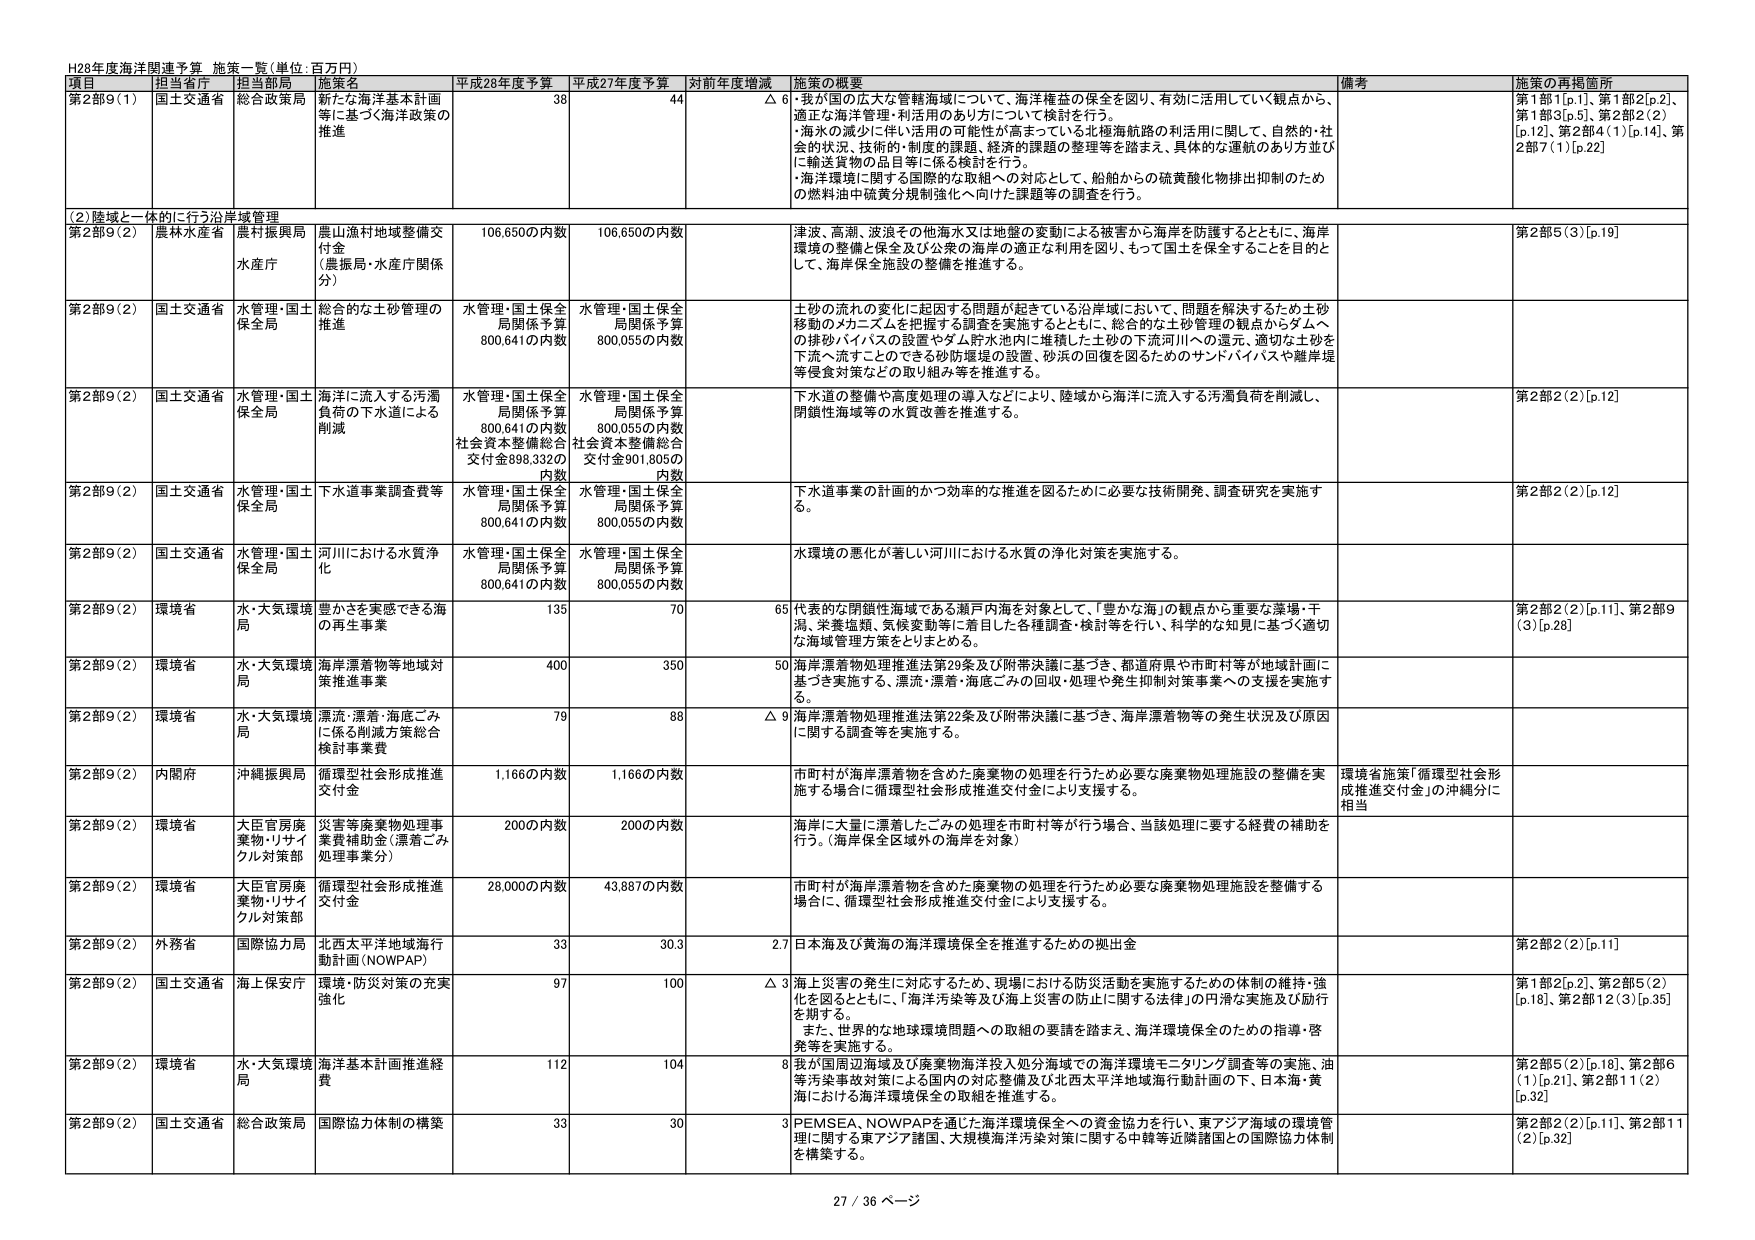
H28年度海洋関連予算 施策一覧（単位：百万円）

項目 担当省庁 担当局 施策名 平成28年度予算 平成27年度予算 対前年度増減 施策の概要 備考 施策の再掲箇所

第2部9（1） 国土交通省 総合政策局 新たな海洋基本計画等に基づく海洋政策の推進 38 44 △6 ・我が国の広大な管轄海域について、海洋権益の保全を図り、有効に活用していく観点から、適正な海洋管理・利活用のあり方について検討を行う。 ・海水の減少に伴い活用の可能性が高まっている北極海航路の利活用に関して、自然的・社会的状況、技術的・制度的課題、経済的課題の整理等を踏まえ、具体的な運航のあり方並びに輸送貨物の品目等に係る検討を行う。 ・海洋環境に関する国際的な取組への対応として、船舶からの硫黄酸化物排出抑制のための燃料油中硫黄分規制強化へ向けた課題等の調査を行う。 第1部1[p.1]、第1部2[p.2]、第1部3[p.5]、第2部2（2）[p.12]、第2部4（1）[p.14]、第2部7（1）[p.22]

（2）陸域と一体的に行う沿岸域管理

第2部9（2） 農林水産省 農村振興局 水産庁 農山漁村地域整備交付金（農振局・水産庁関係分） 106,650の内数 106,650の内数 津波、高潮、波浪その他海水又は地盤の変動による被害から海岸を防護するとともに、海岸環境の整備と保全及び公衆の海岸の適正な利用を図り、もって国土を保全することを目的として、海岸保全施設の整備を推進する。 第2部5（3）[p.19]

第2部9（2） 国土交通省 水管理・国土保全局 総合的な土砂管理の推進 水管理・国土保全局関係予算800,641の内数 水管理・国土保全局関係予算800,055の内数 土砂の流れの変化に起因する問題が起きている沿岸域において、問題を解決するため土砂移動のメカニズムを把握する調査を実施するとともに、総合的な土砂管理の観点からダムへの移砂バイパスの設置やダム貯水池内に堆積した土砂の下流河川への還元、適切な土砂を下流へ流すことのできる砂防堰堤の設置、砂浜の回復を図るためのサンドバイパスや離岸堤等復食対策などの取り組み等を推進する。

第2部9（2） 国土交通省 水管理・国土保全局 海洋に流入する汚濁負荷の下水道による削減 水管理・国土保全局関係予算800,641の内数社会資本整備総合交付金898,332の内数 水管理・国土保全局関係予算800,055の内数社会資本整備総合交付金901,805の内数 下水道の整備や高度処理の導入などにより、陸域から海洋に流入する汚濁負荷を削減し、閉鎖性海域等の水質改善を推進する。 第2部2（2）[p.12]

第2部9（2） 国土交通省 水管理・国土保全局 下水道事業調査費等 水管理・国土保全局関係予算800,641の内数 水管理・国土保全局関係予算800,055の内数 下水道事業の計画的かつ効率的な推進を図るために必要な技術開発、調査研究を実施する。 第2部2（2）[p.12]

第2部9（2） 国土交通省 水管理・国土保全局 河川における水質浄化 水管理・国土保全局関係予算800,641の内数 水管理・国土保全局関係予算800,055の内数 水環境の悪化が著しい河川における水質の浄化対策を実施する。

第2部9（2） 環境省 水・大気環境局 豊かさを実感できる海の再生事業 135 70 65 代表的な閉鎖性海域である瀬戸内海を対象として、「豊かな海」の観点から重要な藻場・干潟、栄養塩類、気候変動等に着目した各種調査・検討等を行い、科学的な知見に基づく適切な海域管理方策をとりまとめる。 第2部2（2）[p.11]、第2部9（3）[p.28]

第2部9（2） 環境省 水・大気環境局 海岸漂着物等地域対策推進事業 400 350 50 海岸漂着物処理推進法第29条及び附帯決議に基づき、都道府県や市町村等が地域計画に基づき実施する、漂流・漂着・海底ごみの回収・処理や発生抑制対策事業への支援を実施する。

第2部9（2） 環境省 水・大気環境局 漂流・漂着・海底ごみに係る削減方策総合検討事業費 79 88 △9 海岸漂着物処理推進法第22条及び附帯決議に基づき、海岸漂着物等の発生状況及び原因に関する調査等を実施する。

第2部9（2） 内閣府 沖縄振興局 循環型社会形成推進交付金 1,166の内数 1,166の内数 市町村が海岸漂着物を含めた廃棄物の処理を行うため必要な廃棄物処理施設の整備を実施する場合に循環型社会形成推進交付金により支援する。 環境省施策「循環型社会形成推進交付金」の沖縄分に相当

第2部9（2） 環境省 大臣官房廃棄物・リサイクル対策部 災害等廃棄物処理事業費補助金（漂着ごみ処理事業分） 200の内数 200の内数 海岸に大量に漂着したごみの処理を市町村等が行う場合、当該処理に要する経費の補助を行う。（海岸保全区域外の海岸を対象）

第2部9（2） 環境省 大臣官房廃棄物・リサイクル対策部 循環型社会形成推進交付金 28,000の内数 43,887の内数 市町村が海岸漂着物を含めた廃棄物の処理を行うため必要な廃棄物処理施設を整備する場合に、循環型社会形成推進交付金により支援する。

第2部9（2） 外務省 国際協力局 北西太平洋地域海行動計画（NOWPAP） 33 30.3 2.7 日本海及び黄海の海洋環境保全を推進するための拠出金 第2部2（2）[p.11]

第2部9（2） 国土交通省 海上保安庁 環境・防災対策の充実強化 97 100 △3 海上災害の発生に対応するため、現場における防災活動を実施するための体制の維持・強化を図るとともに、「海洋汚染等及び海上災害の防止に関する法律」の円滑な実施及び励行を期する。 また、世界的な地球環境問題への取組の要請を踏まえ、海洋環境保全のための指導・啓発等を実施する。 第1部2[p.2]、第2部5（2）[p.18]、第2部12（3）[p.35]

第2部9（2） 環境省 水・大気環境局 海洋基本計画推進経費 112 104 8 我が国周辺海域及び廃棄物海洋投入処分海域での海洋環境モニタリング調査等の実施、油等汚染事故対策による国内の対応整備及び北西太平洋地域海行動計画の下、日本海・黄海における海洋環境保全の取組を推進する。 第2部5（2）[p.18]、第2部6（1）[p.21]、第2部11（2）[p.32]

第2部9（2） 国土交通省 総合政策局 国際協力体制の構築 33 30 3 PEMSEA、NOWPAPを通じた海洋環境保全への資金協力を行い、東アジア海域の環境管理に関する東アジア諸国、大規模海洋汚染対策に関する中韓等近隣諸国との国際協力体制を構築する。 第2部2（2）[p.11]、第2部11（2）[p.32]

27 / 36 ページ